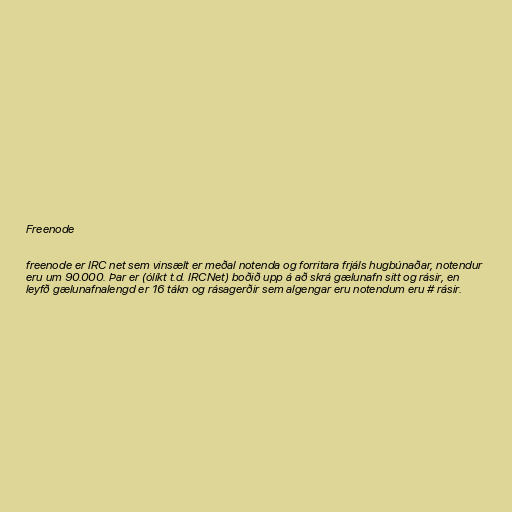
Freenode

freenode er IRC net sem vinsælt er meðal notenda og forritara frjáls hugbúnaðar, notendur
eru um 90.000. Þar er (ólíkt t.d. IRCNet) boðið upp á að skrá gælunafn sitt og rásir, en
leyfð gælunafnalengd er 16 tákn og rásagerðir sem algengar eru notendum eru # rásir.